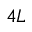
4 L